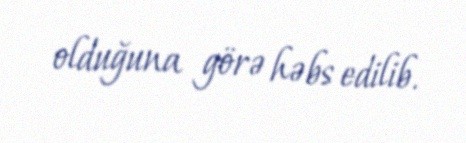
olduğuna görə həbs edilib.